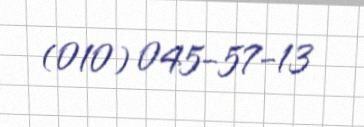
(010) 045-57-13